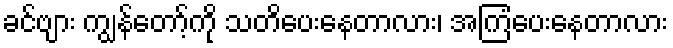
ခင်ဗျား ကျွန်တော့်ကို သတိပေးနေတာလား၊ အကြံပေးနေတာလား